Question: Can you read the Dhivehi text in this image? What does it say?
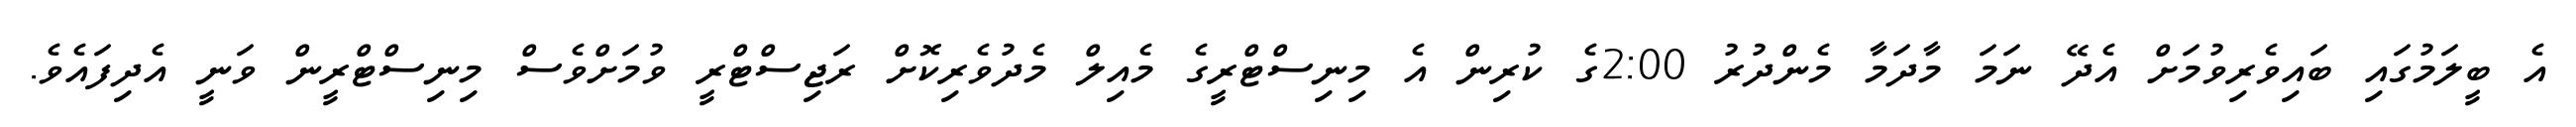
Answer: އެ ބީލަމުގައި ބައިވެރިވުމަށް އެދޭ ނަމަ މާދަމާ މެންދުރު 2:00ގެ ކުރިން އެ މިނިސްޓްރީގެ މެއިލް މެދުވެރިކޮށް ރަޖިސްޓްރީ ވުމަށްވެސް މިނިސްޓްރީން ވަނީ އެދިފައެވެ.